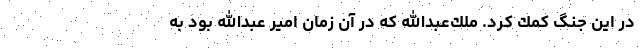
در اين جنگ كمك كرد. ملك‌عبدالله كه در آن زمان امير عبدالله بود به